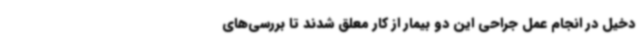
دخیل در انجام عمل جراحی این دو بیمار از کار معلق شدند تا بررسی‌های